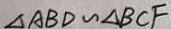
\Delta A B D \sim \Delta B C F